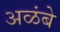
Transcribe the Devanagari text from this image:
अळंबे